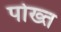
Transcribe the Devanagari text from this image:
पोख्त